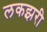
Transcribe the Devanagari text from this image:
लकझरी